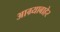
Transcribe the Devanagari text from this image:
आग्र्याबाहेर